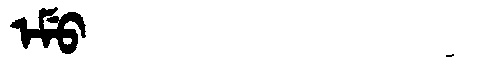
Manchu: ᡝᠮᡠ
Romanization: EMU